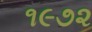
૧૯૭૨